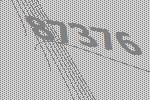
87376